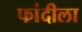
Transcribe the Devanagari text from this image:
फांदीला